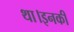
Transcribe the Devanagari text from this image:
था।इनकी